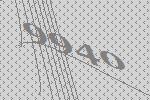
9940